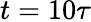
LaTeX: t=10\tau